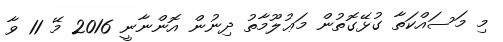
މި މަސައްކަތާ ގުޅޭގޮތުން މަޢުލޫމާތު ދިނުން އޮންނާނީ 2016 މޭ 11 ވާ